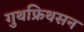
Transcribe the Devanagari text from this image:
गुथफ्रिथसन